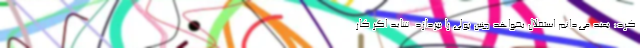
کرد: بعید می‌دانم استقلال بخواهد چنین پولی را بپردازد. شاید اگر کار